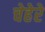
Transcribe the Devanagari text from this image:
चेहेरे